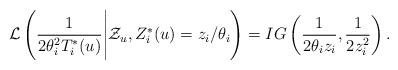
LaTeX: \begin{align*}\mathcal{L}\left(\frac{1}{2\theta_i^2T_i^*(u)}\Bigg|\mathcal{Z}_u,Z_i^*(u)=z_i/\theta_i \right)=IG\left(\frac{1}{2\theta_iz_i},\frac{1}{2z_i^2}\right).\end{align*}